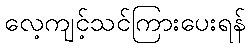
လေ့ကျင့်သင်ကြားပေးရန်